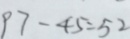
9 7 - 4 5 = 5 2